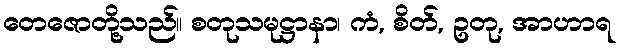
တေဇောတို့သည်။ စတုသမုဋ္ဌာနာ၊ ကံ, စိတ်, ဥတု, အာဟာရ